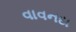
વાવનદા